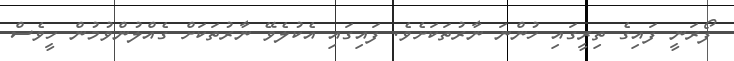
ފޯރަނީ ފައިގެ ތިރީގައި ހުންނަ ނާރުތަކަށެވެ. ފައިގައި އެކުލެވޭ ނާރުތަކަށް ގެއްލުންވުމުން ހީވެސް